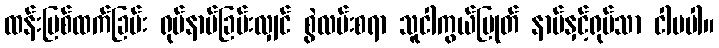
ထန်းမြစ်ထက်ခြမ်း ရုပ်နာမ်ခြမ်းလျှင် စွဲလမ်းစရာ သူငါကွယ်ပြုတ် နာမ်နှင့်ရုပ်သာ ငါမပါ။